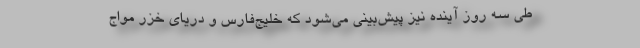
طی سه روز آینده نیز پیش‌بینی می‌شود که خلیج‌فارس و دریای خزر مواج